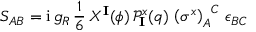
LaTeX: S _ { A B } = \mathrm { i } \, g _ { R } \, \frac { 1 } { 6 } \, X ^ { \mathbf { I } } ( \phi ) \, \mathcal { P } _ { \mathbf { I } } ^ { x } ( q ) \, \left( \sigma ^ { x } \right) _ { A } ^ { \phantom { A } C } \, \epsilon _ { B C }